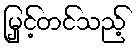
မြှင့်တင်သည့်